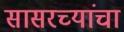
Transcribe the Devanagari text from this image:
सासरच्यांचा